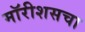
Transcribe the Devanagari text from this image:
मॉरीशसचा